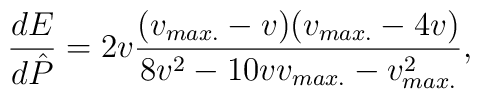
{dE\over d\hat{P}}=2v{(v_{max.}-v)(v_{max.}-4 v)\over 8v^2-10 v v_{max.}-v^{2}_{max.}},